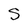
Character: S